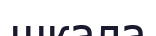
шкала